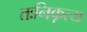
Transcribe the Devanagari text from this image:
तःनिकृत्य